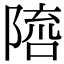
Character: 𨻓